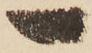
一